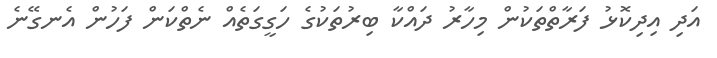
އަދި އިދިކޮޅު ފަރާތްތަކުން މިހާރު ދައްކާ ބިރުތަކުގެ ހަގީގަތެއް ނެތްކަން ފަހުން އެނގޭނެ